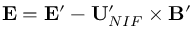
\mathbf { E } = \mathbf { E } ^ { \prime } - \mathbf { U } _ { N I F } ^ { \prime } \times \mathbf { B } ^ { \prime }